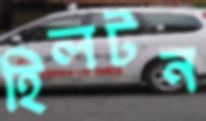
হিলটন